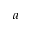
^ { a }